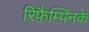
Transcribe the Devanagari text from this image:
रिफैम्पिनके